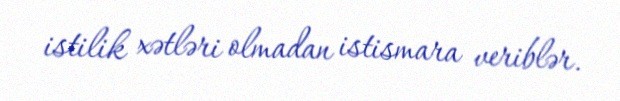
istilik xətləri olmadan istismara veriblər.